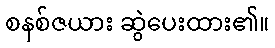
စနစ်ဇယား ဆွဲပေးထား၏။